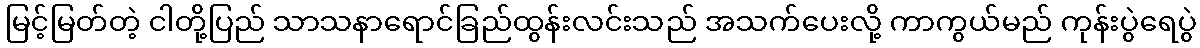
မြင့်မြတ်တဲ့ ငါတို့ပြည် သာသနာရောင်ခြည်ထွန်းလင်းသည် အသက်ပေးလို့ ကာကွယ်မည် ကုန်းပွဲရေပွဲ